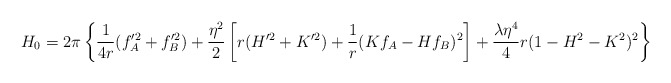
\begin{align*}H_0=2\pi\left\{\frac{1}{4r}(f_A^{\prime 2}+f_B^{\prime 2}) +\frac{\eta^2}{2}\left[r(H^{\prime 2}+K^{\prime 2})+\frac{1}{r}(Kf_A-Hf_B)^2\right]+\frac{\lambda\eta^4}{4}r(1-H^2-K^2)^2\right\}\end{align*}